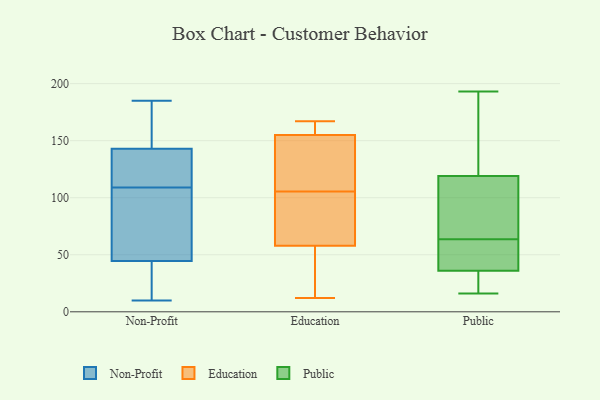
{"axis": {"x": "Active Users", "y": "Value"}, "legend": ["Education", "Non-Profit", "Public"], "data": [{"x": "", "y": 46, "type": "Non-Profit"}, {"x": "", "y": 127, "type": "Non-Profit"}, {"x": "", "y": 101, "type": "Non-Profit"}, {"x": "", "y": 128, "type": "Non-Profit"}, {"x": "", "y": 168, "type": "Non-Profit"}, {"x": "", "y": 117, "type": "Non-Profit"}, {"x": "", "y": 10, "type": "Non-Profit"}, {"x": "", "y": 185, "type": "Non-Profit"}, {"x": "", "y": 51, "type": "Non-Profit"}, {"x": "", "y": 143, "type": "Non-Profit"}, {"x": "", "y": 143, "type": "Non-Profit"}, {"x": "", "y": 19, "type": "Non-Profit"}, {"x": "", "y": 57, "type": "Non-Profit"}, {"x": "", "y": 166, "type": "Non-Profit"}, {"x": "", "y": 53, "type": "Non-Profit"}, {"x": "", "y": 40, "type": "Non-Profit"}, {"x": "", "y": 12, "type": "Non-Profit"}, {"x": "", "y": 152, "type": "Non-Profit"}, {"x": "", "y": 143, "type": "Non-Profit"}, {"x": "", "y": 43, "type": "Non-Profit"}, {"x": "", "y": 133, "type": "Education"}, {"x": "", "y": 155, "type": "Education"}, {"x": "", "y": 107, "type": "Education"}, {"x": "", "y": 159, "type": "Education"}, {"x": "", "y": 167, "type": "Education"}, {"x": "", "y": 52, "type": "Education"}, {"x": "", "y": 75, "type": "Education"}, {"x": "", "y": 12, "type": "Education"}, {"x": "", "y": 104, "type": "Education"}, {"x": "", "y": 58, "type": "Education"}, {"x": "", "y": 193, "type": "Public"}, {"x": "", "y": 24, "type": "Public"}, {"x": "", "y": 111, "type": "Public"}, {"x": "", "y": 127, "type": "Public"}, {"x": "", "y": 100, "type": "Public"}, {"x": "", "y": 26, "type": "Public"}, {"x": "", "y": 75, "type": "Public"}, {"x": "", "y": 16, "type": "Public"}, {"x": "", "y": 52, "type": "Public"}, {"x": "", "y": 158, "type": "Public"}, {"x": "", "y": 48, "type": "Public"}, {"x": "", "y": 46, "type": "Public"}]}